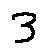
3